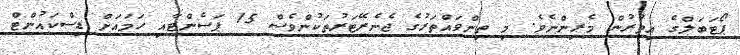
ޕޯޓަބަލްގެ އިތުރުން މެރިންނެވެ. މި ތިންވައްތަރުގެ ޖެނެރޭޓަރުތަކުންވެސް 15 ޕަސެންޓާއި ހަމައަށް ޑިސްކައުންޓް